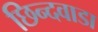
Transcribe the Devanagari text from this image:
छिन्दवाडा